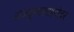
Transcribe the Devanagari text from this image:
राजकुमारांअगोदर